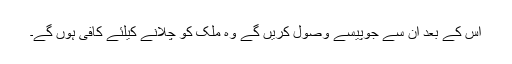
اس کے بعد ان سے جوپیسے وصول کریں گے وہ ملک کو چلانے کیلئے کافی ہوں گے۔